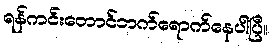
ရန်ကင်းတောင်ဘက်ရောက်နေပါပြီ။